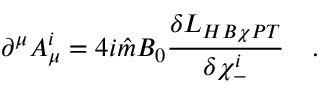
\partial ^ { \mu } A _ { \mu } ^ { i } = 4 i { \hat { m } } B _ { 0 } { \frac { \delta { \cal L } _ { H B \chi P T } } { \delta \chi _ { - } ^ { i } } } \ \ \ .